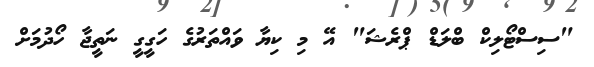
"ސިސްޓޯލިކް ބްލަޑް ޕްރެޝަ" އޭ މި ކިޔާ ވައްތަރުގެ ހަގީގީ ނަތީޖާ ހޯދުމަށް